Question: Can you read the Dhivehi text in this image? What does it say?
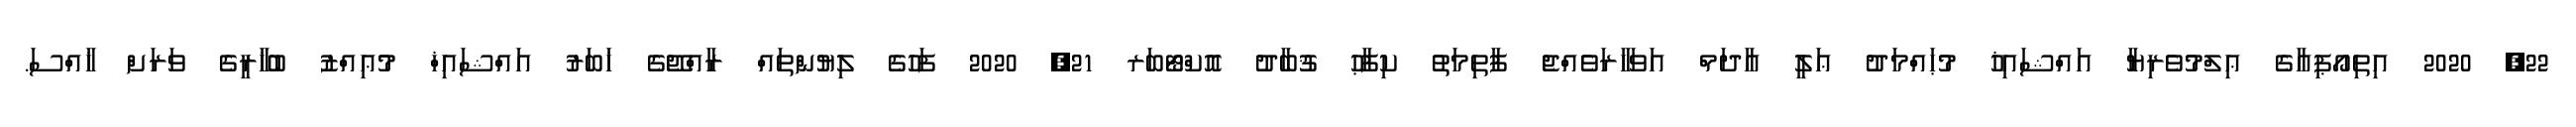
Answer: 22, 2020 އިތިއޯޕިއާގެ ޢިލްމުވެރިޔާ އައްޝައިޚު މުޙައްމަދު ޢަލީ އާދަމް އަވަހާރަވެއްޖެ ފާތިމަތު ކިފާޙު ޤުބާދު އޮކްޓޯބަރ 21, 2020 ފަހުގެ ލިޔުންތައް ރާއްޖޭގެ ޚަބަރު އައްޝައިޚް މުޢިއްޒު ބުޚާރީގެ ވަރަށް ޚާއްސަ.